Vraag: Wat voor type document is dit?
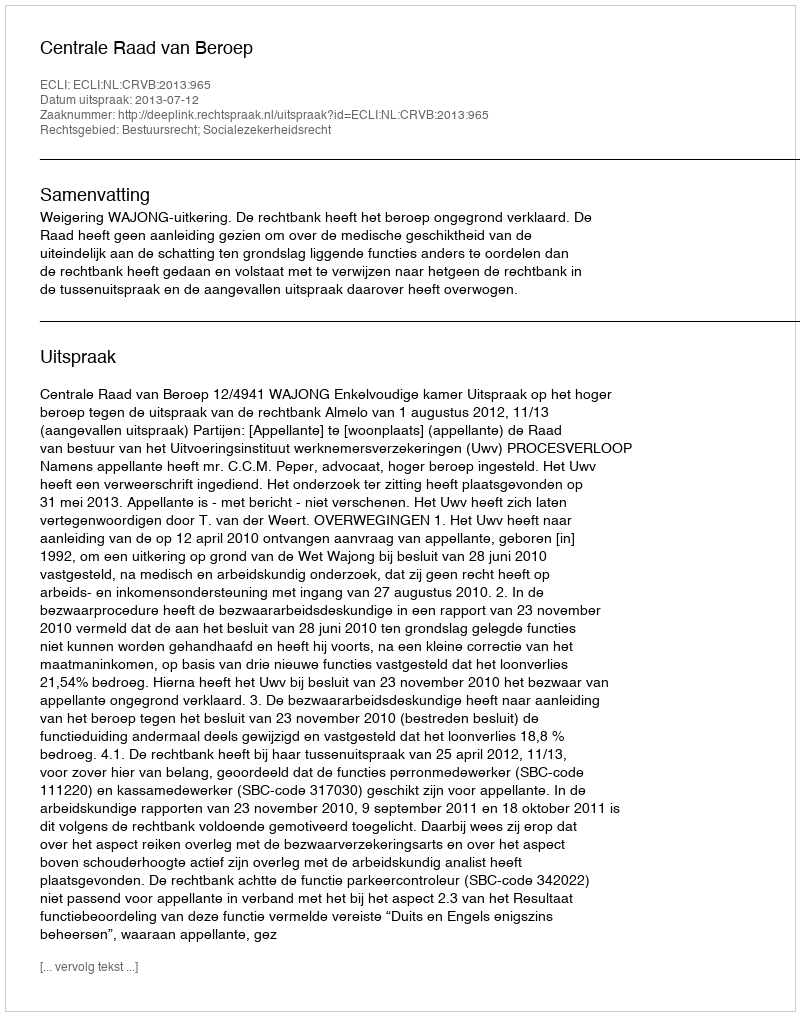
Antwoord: Uitspraak